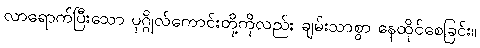
လာရောက်ပြီးသော ပုဂ္ဂိုလ်ကောင်းတို့ကိုလည်း ချမ်းသာစွာ နေထိုင်စေခြင်း။